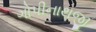
ગોપીનાથજી